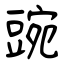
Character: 豌